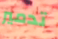
تدمير